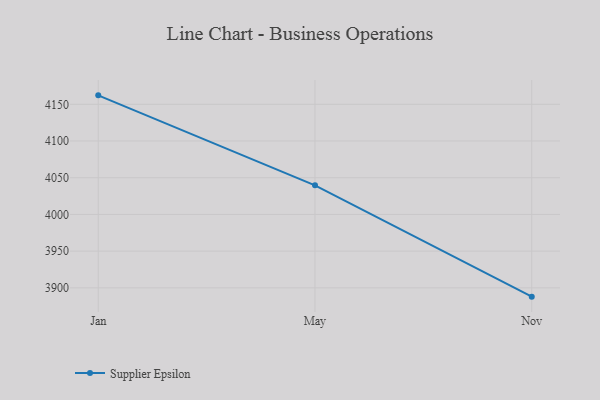
{"axis": {"x": "Month", "y": "Budget (USD K)"}, "legend": ["Supplier Epsilon"], "data": [{"x": "Jan", "y": 4162.2, "type": "Supplier Epsilon"}, {"x": "May", "y": 4039.6, "type": "Supplier Epsilon"}, {"x": "Nov", "y": 3888.0, "type": "Supplier Epsilon"}]}